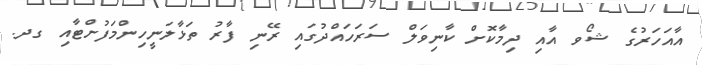
އާއަހަރުގެ ޝޯވ އާއި ދިމާކޮށް ކާނިވަލް ސަރަހައްދުގައި ރޭނި ފާރު ތަޅާލަނީހިންމަފުށްޓާއި ގދ.